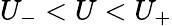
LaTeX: U_{-}<U<U_{+}